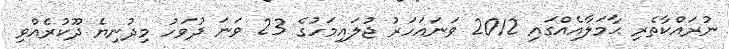
ނުރައްކާތެރި ޙާމަލާއެއްގައި 2012 ވަނައަހަރު ޖުލައިމަހުގެ 23 ވަނަ ދުވަހު މިދުނިޔެ ދޫކުރެއްވި